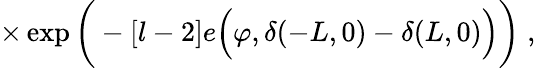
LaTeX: \times\exp\bigg(-[l-2]e\Big(\varphi,\delta(-L,0)-\delta(L,0)\Big)\bigg)\; ,